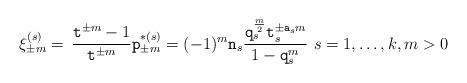
LaTeX: \begin{align*} \xi_{\pm m}^{(s)} =\,\frac{\texttt{t}^{\pm m}-1}{\texttt{t}^{\pm m}}\texttt{p}_{\pm m}^{*(s)}= (-1)^{m}\texttt{n}_s\frac {\texttt{q}_s^{\frac m2} \texttt{t}_s^{\pm\texttt{a}_sm}}{1-\texttt{q}_s^m}\,\, s=1,\dots,k,m>0\end{align*}